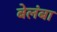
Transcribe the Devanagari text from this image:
बेलंबा